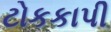
ટોકકાપી